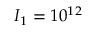
I _ { 1 } = 1 0 ^ { 1 2 }